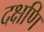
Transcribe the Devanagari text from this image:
दक्षणि